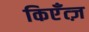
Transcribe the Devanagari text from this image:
किएँत्ज़